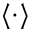
\langle \cdot \rangle